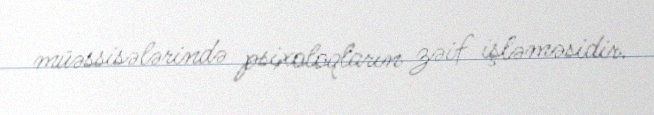
müəssisələrində psixoloqların zəif işləməsidir.